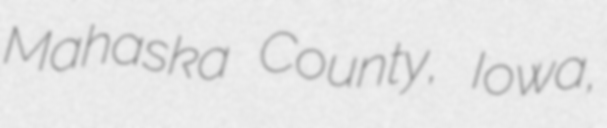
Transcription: Mahaska County, Iowa,